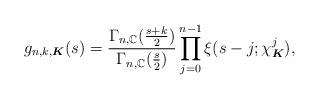
LaTeX: \begin{align*}g_{n,k,\boldsymbol{K}}(s)=\frac{\Gamma_{n,\mathbb{C}}(\frac{s+k}{2})}{\Gamma_{n,\mathbb{C}}(\frac{s}{2})}\prod_{j=0}^{n-1}\xi(s-j;\chi_{\boldsymbol{K}}^j),\end{align*}